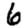
Digit: 6